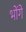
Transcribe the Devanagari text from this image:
भोंगे